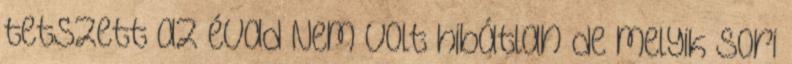
tetszett az évad Nem volt hibátlan de melyik sori